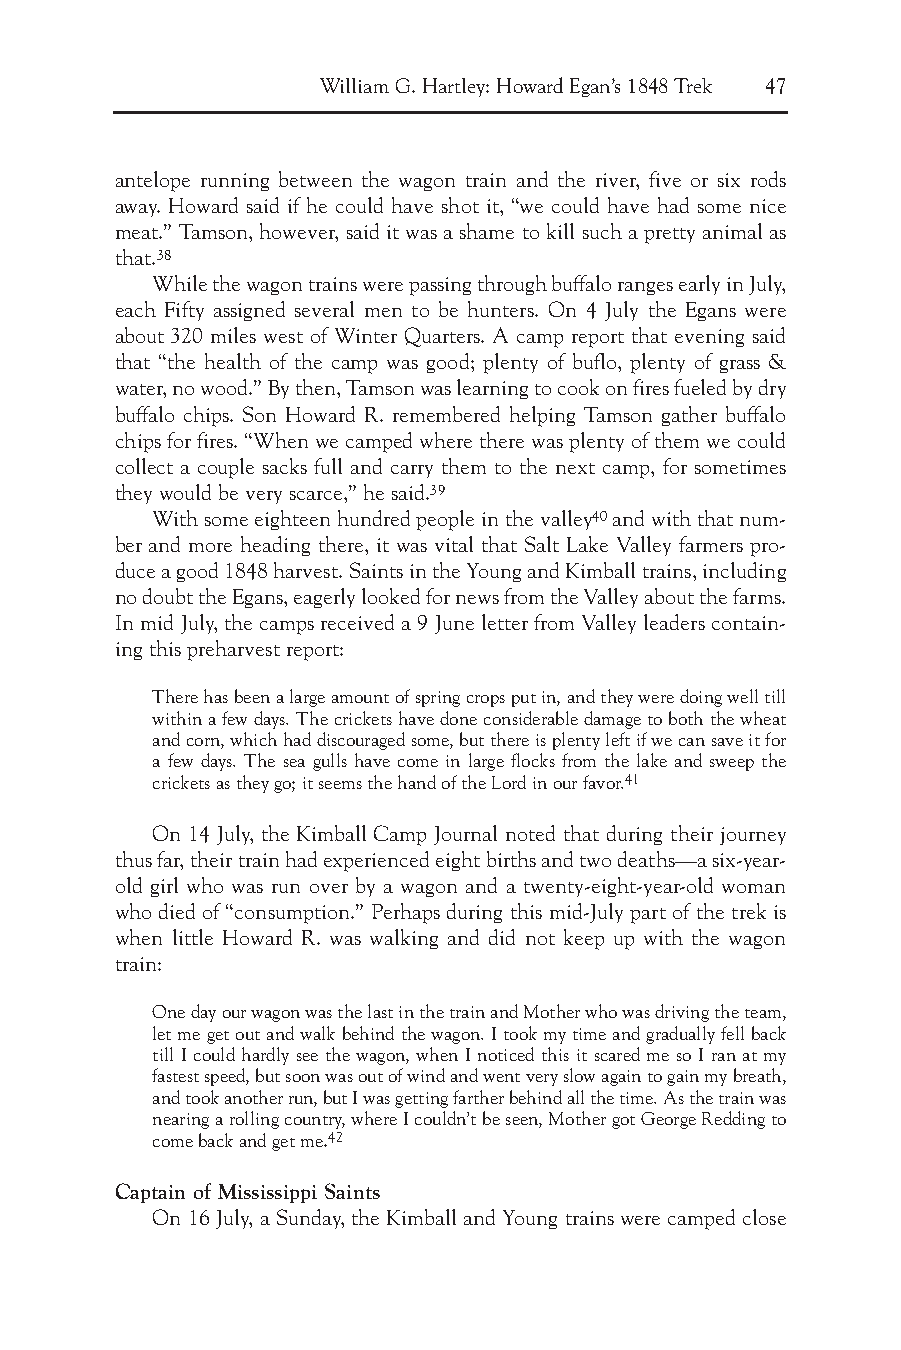
William G. Hartley: Howard Egan’s 1848 Trek 47
 antelope running between the wagon train and the river, five or six rods
 away. Howard said if he could have shot it, “we could have had some nice
 meat.” Tamson, however, said it was a shame to kill such a pretty animal as
 that.38
 While the wagon trains were passing through buffalo ranges early in July,
 each Fifty assigned several men to be hunters. On 4 July the Egans were
 about 320 miles west of Winter Quarters. A camp report that evening said
 that “the health of the camp was good; plenty of buflo, plenty of grass &
 water, no wood.” By then, Tamson was learning to cook on fires fueled by dry
 buffalo chips. Son Howard R. remembered helping Tamson gather buffalo
 chips for fires. “When we camped where there was plenty of them we could
 collect a couple sacks full and carry them to the next camp, for sometimes
 they would be very scarce,” he said.39
 With some eighteen hundred people in the valley40and with that num-
 ber and more heading there, it was vital that Salt Lake Valley farmers pro-
 duce a good 1848 harvest. Saints in the Young and Kimball trains, including
 no doubt the Egans, eagerly looked for news from the Valley about the farms.
 In mid July, the camps received a 9 June letter from Valley leaders contain-
 ing this preharvest report:
 There has been a large amount of spring crops put in, and they were doing well till
 within a few days. The crickets have done considerable damage to both the wheat
 and corn, which had discouraged some, but there is plenty left if we can save it for
 a few days. The sea gulls have come in large flocks from the lake and sweep the
 crickets as they go; it seems the hand of the Lord in our favor.41
 On 14 July, the Kimball Camp Journal noted that during their journey
 thus far, their train had experienced eight births and two deaths—a six-year-
 old girl who was run over by a wagon and a twenty-eight-year-old woman
 who died of “consumption.” Perhaps during this mid-July part of the trek is
 when little Howard R. was walking and did not keep up with the wagon
 train:
 One day our wagon was the last in the train and Mother who was driving the team,
 let me get out and walk behind the wagon. I took my time and gradually fell back
 till I could hardly see the wagon, when I noticed this it scared me so I ran at my
 fastest speed, but soon was out of wind and went very slow again to gain my breath,
 and took another run, but I was getting farther behind all the time. As the train was
 nearing a rolling country, where I couldn’t be seen, Mother got George Redding to
 come back and get me.42
 Captain of Mississippi Saints
 On 16 July, a Sunday, the Kimball and Young trains were camped close